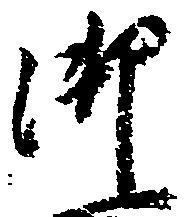
御